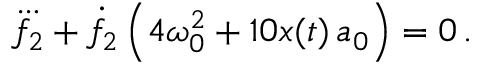
\dddot { f _ { 2 } } + \dot { f } _ { 2 } \left( 4 \omega _ { 0 } ^ { 2 } + 1 0 x ( t ) \, a _ { 0 } \right) = 0 \, .